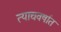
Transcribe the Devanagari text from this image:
त्याचवर्षात